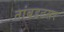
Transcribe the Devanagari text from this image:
तांबडटसर